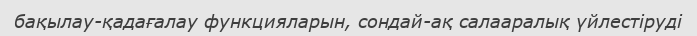
бақылау-қадағалау функцияларын, сондай-ақ салааралық үйлестіруді